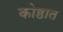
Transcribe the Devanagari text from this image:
कोष्ठात